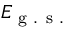
E _ { \textrm { g . s . } }